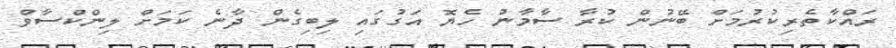
ރައްކާތެރިކުރުމަށް ބޭނުން ކުރާ ސާމާނު ހެޔޮ އަގުގައި ލިބިގެން ދާނެ ކަމަށް ލިންކްސާވް